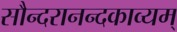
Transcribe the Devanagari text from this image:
सौन्दरानन्दकाव्यम्